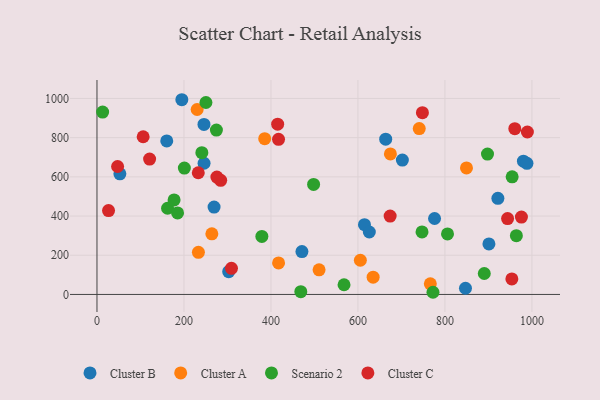
{"axis": {"x": "Speed", "y": "Salary"}, "legend": ["Cluster A", "Cluster B", "Cluster C", "Scenario 2"], "data": [{"x": "246.0", "y": 867.5, "type": "Cluster B"}, {"x": "615.0", "y": 356.0, "type": "Cluster B"}, {"x": "921.7", "y": 490.3, "type": "Cluster B"}, {"x": "702.1", "y": 685.6, "type": "Cluster B"}, {"x": "160.4", "y": 783.2, "type": "Cluster B"}, {"x": "626.1", "y": 318.7, "type": "Cluster B"}, {"x": "847.2", "y": 31.6, "type": "Cluster B"}, {"x": "901.1", "y": 257.9, "type": "Cluster B"}, {"x": "246.2", "y": 669.5, "type": "Cluster B"}, {"x": "471.2", "y": 218.9, "type": "Cluster B"}, {"x": "776.1", "y": 387.5, "type": "Cluster B"}, {"x": "663.8", "y": 792.5, "type": "Cluster B"}, {"x": "52.7", "y": 615.3, "type": "Cluster B"}, {"x": "269.2", "y": 445.8, "type": "Cluster B"}, {"x": "980.4", "y": 680.1, "type": "Cluster B"}, {"x": "302.8", "y": 116.4, "type": "Cluster B"}, {"x": "988.5", "y": 669.1, "type": "Cluster B"}, {"x": "195.1", "y": 993.6, "type": "Cluster B"}, {"x": "674.6", "y": 716.8, "type": "Cluster A"}, {"x": "634.9", "y": 88.1, "type": "Cluster A"}, {"x": "766.4", "y": 54.0, "type": "Cluster A"}, {"x": "849.5", "y": 645.5, "type": "Cluster A"}, {"x": "510.6", "y": 125.9, "type": "Cluster A"}, {"x": "605.5", "y": 174.5, "type": "Cluster A"}, {"x": "230.3", "y": 943.8, "type": "Cluster A"}, {"x": "233.2", "y": 214.9, "type": "Cluster A"}, {"x": "385.6", "y": 794.6, "type": "Cluster A"}, {"x": "740.9", "y": 846.4, "type": "Cluster A"}, {"x": "417.5", "y": 160.9, "type": "Cluster A"}, {"x": "264.1", "y": 309.1, "type": "Cluster A"}, {"x": "162.3", "y": 439.9, "type": "Scenario 2"}, {"x": "890.4", "y": 106.9, "type": "Scenario 2"}, {"x": "747.3", "y": 318.8, "type": "Scenario 2"}, {"x": "964.2", "y": 300.1, "type": "Scenario 2"}, {"x": "772.5", "y": 11.1, "type": "Scenario 2"}, {"x": "185.3", "y": 416.0, "type": "Scenario 2"}, {"x": "379.1", "y": 296.3, "type": "Scenario 2"}, {"x": "805.9", "y": 309.0, "type": "Scenario 2"}, {"x": "241.1", "y": 723.5, "type": "Scenario 2"}, {"x": "897.8", "y": 716.1, "type": "Scenario 2"}, {"x": "468.6", "y": 14.1, "type": "Scenario 2"}, {"x": "568.0", "y": 49.4, "type": "Scenario 2"}, {"x": "954.5", "y": 600.2, "type": "Scenario 2"}, {"x": "177.3", "y": 482.2, "type": "Scenario 2"}, {"x": "250.5", "y": 979.5, "type": "Scenario 2"}, {"x": "200.9", "y": 644.8, "type": "Scenario 2"}, {"x": "13.0", "y": 930.7, "type": "Scenario 2"}, {"x": "498.0", "y": 561.2, "type": "Scenario 2"}, {"x": "274.6", "y": 838.8, "type": "Scenario 2"}, {"x": "26.6", "y": 428.1, "type": "Cluster C"}, {"x": "106.2", "y": 804.8, "type": "Cluster C"}, {"x": "284.4", "y": 582.5, "type": "Cluster C"}, {"x": "674.0", "y": 400.1, "type": "Cluster C"}, {"x": "309.2", "y": 133.3, "type": "Cluster C"}, {"x": "989.5", "y": 829.0, "type": "Cluster C"}, {"x": "47.4", "y": 652.9, "type": "Cluster C"}, {"x": "415.4", "y": 868.6, "type": "Cluster C"}, {"x": "275.7", "y": 598.9, "type": "Cluster C"}, {"x": "232.9", "y": 621.1, "type": "Cluster C"}, {"x": "944.0", "y": 387.2, "type": "Cluster C"}, {"x": "975.8", "y": 395.0, "type": "Cluster C"}, {"x": "417.4", "y": 791.4, "type": "Cluster C"}, {"x": "748.2", "y": 927.3, "type": "Cluster C"}, {"x": "121.0", "y": 690.9, "type": "Cluster C"}, {"x": "953.8", "y": 79.1, "type": "Cluster C"}, {"x": "960.6", "y": 845.7, "type": "Cluster C"}]}